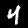
Label: 4